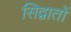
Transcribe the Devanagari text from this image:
सिद्वातों